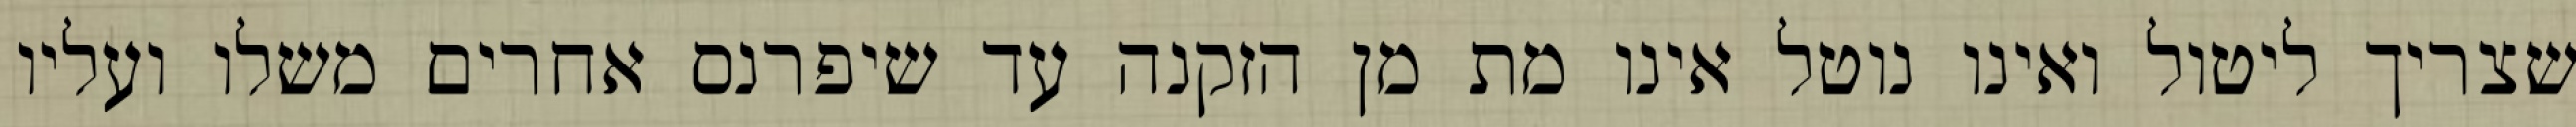
שצריך ליטול ואינו נוטל אינו מת מן הזקנה עד שיפרנס אחרים משלו ועליו